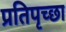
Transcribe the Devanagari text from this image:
प्रतिपृच्छा